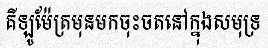
គីឡូម៉ែត្រមុនមកចុះចតនៅក្នុងសមុទ្រ